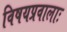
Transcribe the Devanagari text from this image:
विषयप्रवालाः